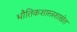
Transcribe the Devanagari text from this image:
भौतिकशास्त्रशाखेत